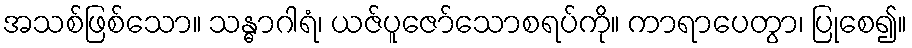
အသစ်ဖြစ်သော။ သန္ဓာဂါရံ၊ ယဇ်ပူဇော်သောစရပ်ကို။ ကာရာပေတွာ၊ ပြုစေ၍။